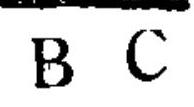
\(B\ C\)